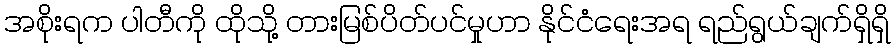
အစိုးရက ပါတီကို ထိုသို့ တားမြစ်ပိတ်ပင်မှုဟာ နိုင်ငံရေးအရ ရည်ရွယ်ချက်ရှိရှိ